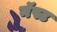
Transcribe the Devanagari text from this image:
नॅस्ट